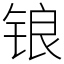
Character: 锒